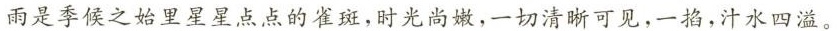
雨是季候之始里星星点点的雀斑，时光尚嫩，一切清晰可见，一掐，汁水四溢。